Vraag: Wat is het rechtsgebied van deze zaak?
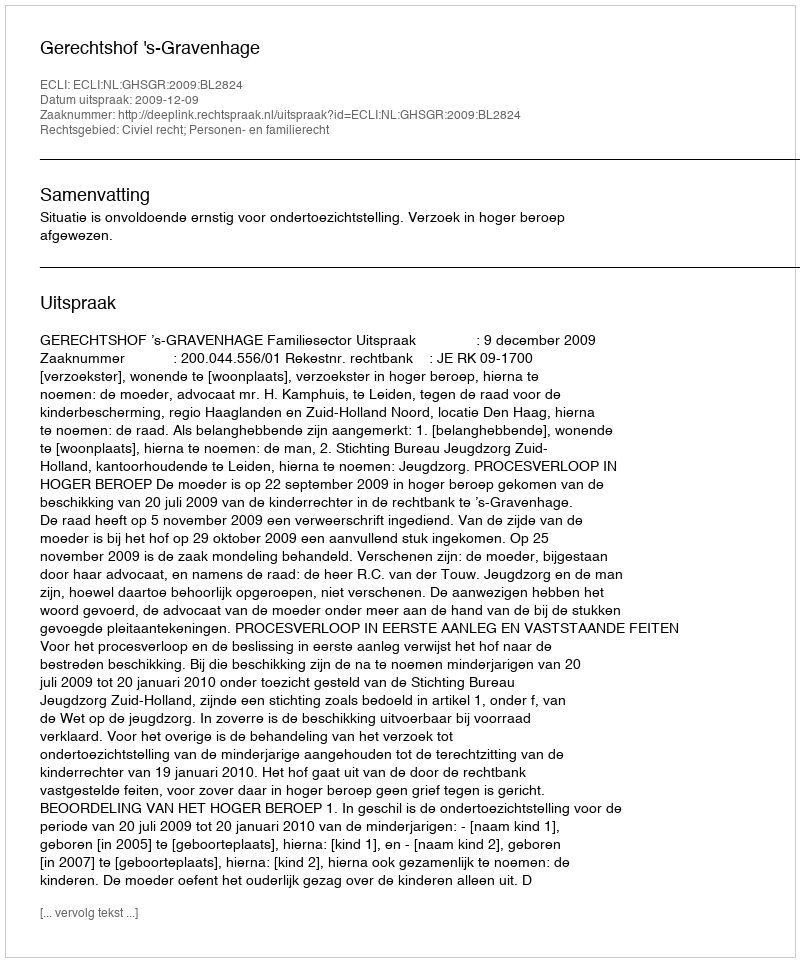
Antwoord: Civiel recht; Personen- en familierecht